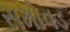
સમોવડ